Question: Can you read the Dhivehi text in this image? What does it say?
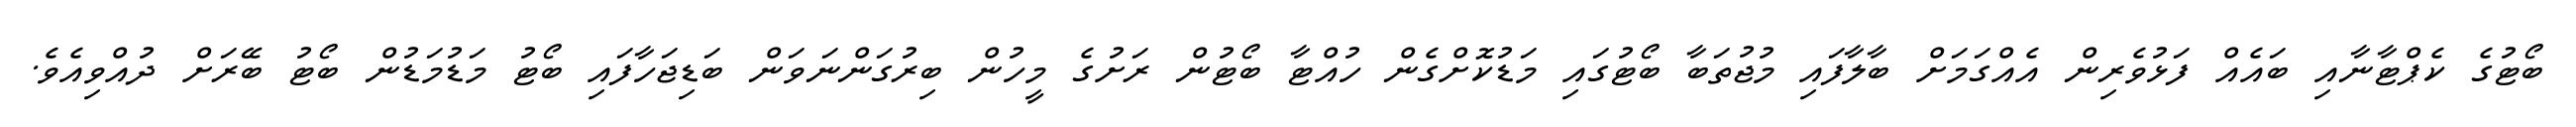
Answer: ބޯޓުގެ ކެޕްޓާނާއި ބައެއް ފަޅުވެރިން އެއްގަމަށް ބާލާފައި މުޖުތަބާ ބޯޓުގައި މަޑުކޮށްގެން ހުއްޓާ ބޯޓުން ރަށުގެ މީހުން ބިރުގަންނަވަން ބަޑިޖަހާފައި ބޯޓު މަޑުމަޑުން ބޯޓު ބޭރަށް ދުއްވިއެވެ.